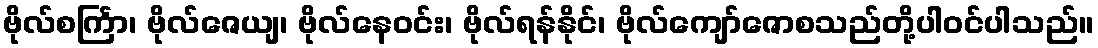
ဗိုလ်စင်္ကြာ၊ ဗိုလ်ဇေယျ၊ ဗိုလ်နေဝင်း၊ ဗိုလ်ရန်နိုင်၊ ဗိုလ်ကျော်ဇောစသည်တို့ပါဝင်ပါသည်။